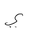
Letter: _ya